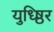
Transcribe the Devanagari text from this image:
युध्ष्ठिर